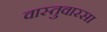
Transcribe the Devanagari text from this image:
वास्तुवारसा